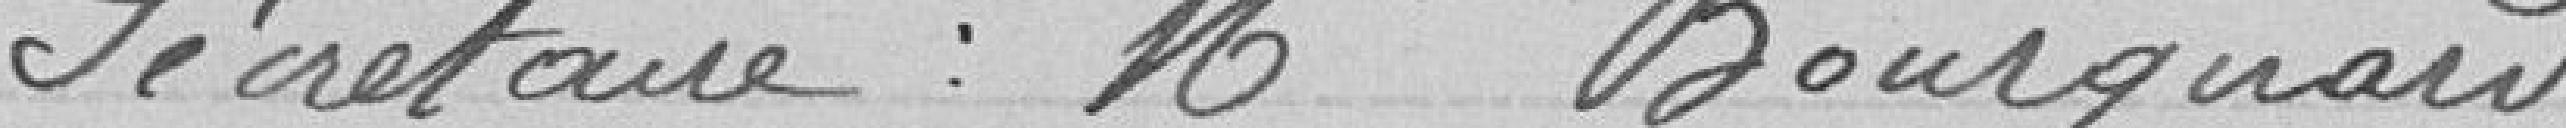
Secrétaire : Mr Bourquant.